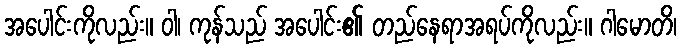
အပေါင်းကိုလည်း။ ဝါ၊ ကုန်သည် အပေါင်း၏ တည်နေရာအရပ်ကိုလည်း။ ဂါမောတိ၊